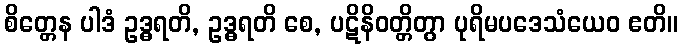
စိတ္တေန ပါဒံ ဥဒ္ဓရတိ, ဥဒ္ဓရတိ စေ, ပဋိနိဝတ္တိတွာ ပုရိမပဒေသံယေဝ ဧတိ။